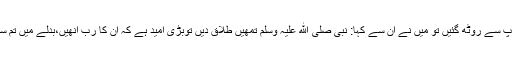
حضرت عمر فرماتے ہیں: نبی صلی ﷲ علیہ وسلم کی ازواج آپس کے رشک و رقابت کی وجہ سے آپ سے روٹھ گئیں تو میں نے ان سے کہا: نبی صلی ﷲ علیہ وسلم تمھیں طلاق دیں توبڑی امید ہے کہ ان کا رب انھیں،بدلے میں تم سے بہتر بیویاں دے دے، تو اسی مضمون کی آیت (التحریم ۶۶: ۵) نازل ہو گئی (بخاری، رقم ۴۹۱۶)۔